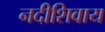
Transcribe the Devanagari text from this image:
नदीशिवाय